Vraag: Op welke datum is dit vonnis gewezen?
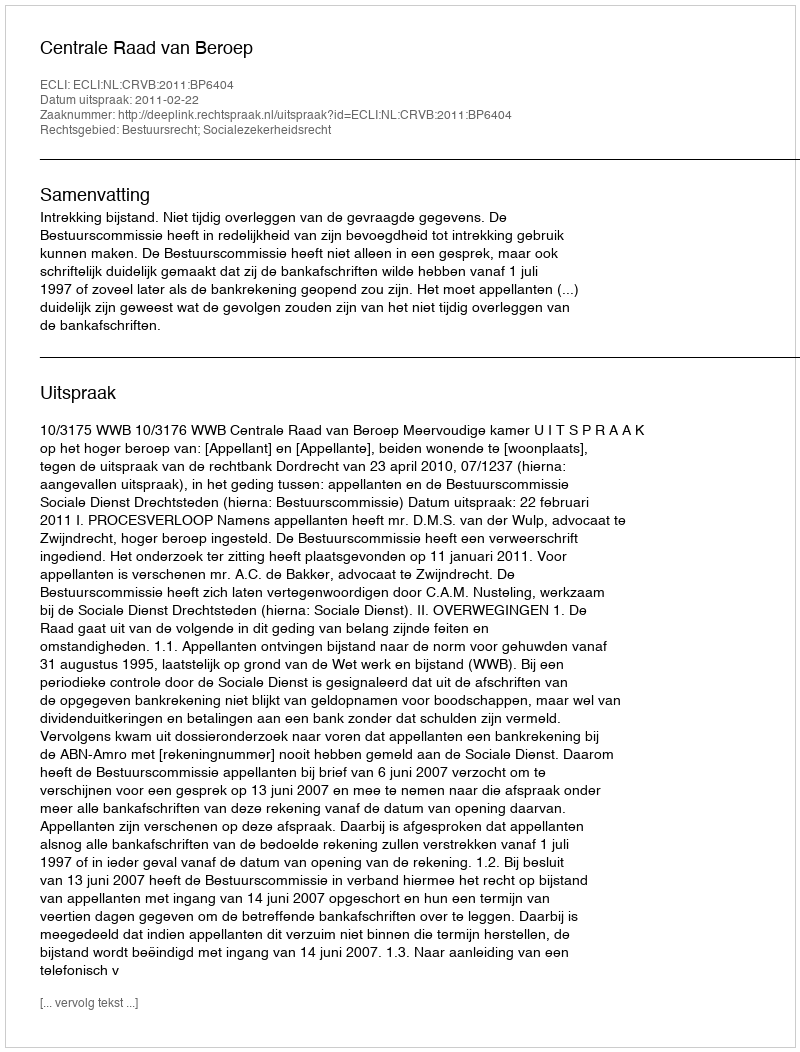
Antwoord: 2011-02-22